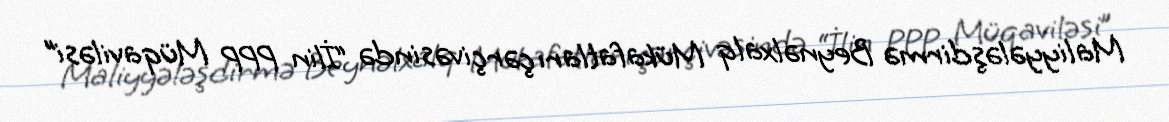
Maliyyələşdirmə Beynəlxalq Mükafatları çərçivəsində “İlin PPP Müqaviləsi”